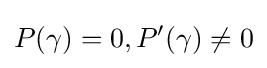
P(\gamma )=0,P'(\gamma )\neq 0